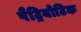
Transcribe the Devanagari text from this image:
पैट्रियोटिक